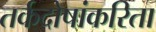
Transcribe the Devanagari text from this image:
तर्कदोषांकरिता